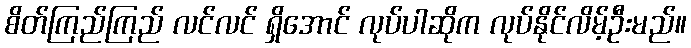
စိတ်ကြည်ကြည် လင်လင် ရှိအောင် လုပ်ပါဆိုက လုပ်နိုင်လိမ့်ဦးမည်။